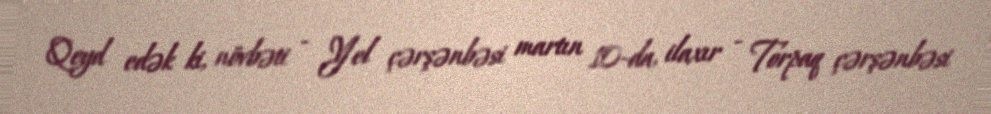
Qeyd edək ki, növbəti - Yel çərşənbəsi martın 10-da, ilaxır - Torpaq çərşənbəsi